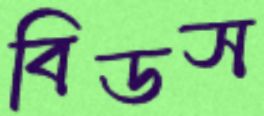
বিডস